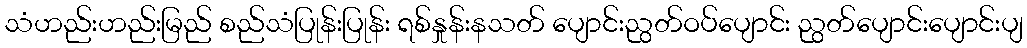
သံဟည်းဟည်းမြည် စည်သံပြုန်းပြုန်း ရစ်နှုန်းနသတ် ပျောင်းညွတ်ဝပ်ပျောင်း ညွတ်ပျောင်းပျောင်းပျ